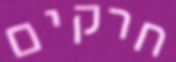
חרקים